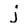
Character: j